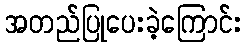
အတည်ပြုပေးခဲ့ကြောင်း